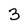
Character: 3